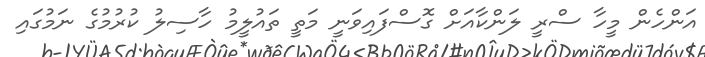
އަންހެން މީހާ ސްރީ ލަންކާއަށް ގޮސްފައިވަނީ މަތީ ތައުލީމު ހާސިލު ކުރުމުގެ ނަމުގައި